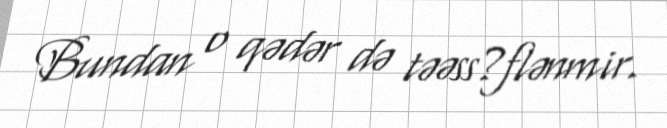
Bundan o qədər də təəss?flənmir.